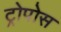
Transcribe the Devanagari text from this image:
ट्रोपोस